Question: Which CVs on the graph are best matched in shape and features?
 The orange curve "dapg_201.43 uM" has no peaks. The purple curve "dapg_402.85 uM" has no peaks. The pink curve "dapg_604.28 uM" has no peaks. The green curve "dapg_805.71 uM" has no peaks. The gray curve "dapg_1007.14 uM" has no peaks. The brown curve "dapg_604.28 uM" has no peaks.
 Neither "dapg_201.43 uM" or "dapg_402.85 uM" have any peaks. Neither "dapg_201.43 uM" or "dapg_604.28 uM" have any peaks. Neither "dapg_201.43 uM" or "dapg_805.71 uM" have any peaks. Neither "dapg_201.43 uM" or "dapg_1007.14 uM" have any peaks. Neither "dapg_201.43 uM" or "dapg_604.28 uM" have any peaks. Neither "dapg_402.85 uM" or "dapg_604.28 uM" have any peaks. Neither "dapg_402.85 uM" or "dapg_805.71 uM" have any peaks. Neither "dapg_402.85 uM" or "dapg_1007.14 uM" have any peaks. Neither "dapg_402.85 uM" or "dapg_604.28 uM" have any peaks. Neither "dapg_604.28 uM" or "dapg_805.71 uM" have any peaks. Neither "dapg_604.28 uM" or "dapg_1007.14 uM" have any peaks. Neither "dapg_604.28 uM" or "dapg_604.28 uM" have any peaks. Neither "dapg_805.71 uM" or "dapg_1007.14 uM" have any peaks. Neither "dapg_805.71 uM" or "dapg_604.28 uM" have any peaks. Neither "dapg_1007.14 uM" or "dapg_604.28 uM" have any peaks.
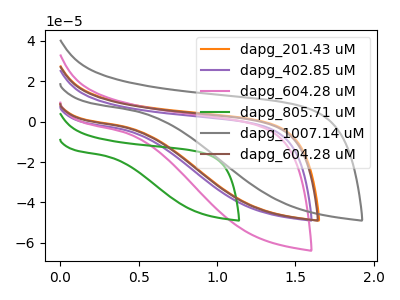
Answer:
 <answer>"dapg_402.85 uM", "dapg_201.43 uM", "dapg_604.28 uM", "dapg_805.71 uM", "dapg_1007.14 uM" and "dapg_604.28 uM" have the same shape and are likely CV's of the same chemical.</answer>
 <eval>"dapg_402.85 uM" "dapg_201.43 uM" "dapg_604.28 uM" "dapg_805.71 uM" "dapg_1007.14 uM" "dapg_604.28 uM"</eval>